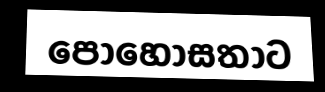
පොහොසතාට